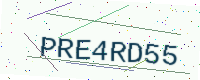
Text: PRE4RD55